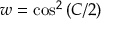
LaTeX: w = \cos ^ { 2 } \left( C / 2 \right)